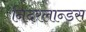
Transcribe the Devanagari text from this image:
निदरलान्डस